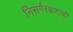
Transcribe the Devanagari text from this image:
निसर्गरक्षणाची